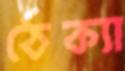
ঠেক্যা